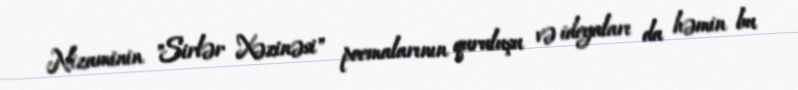
Nizaminin "Sirlər Xəzinəsi" poemalarının quruluşu və ideyaları da həmin bu